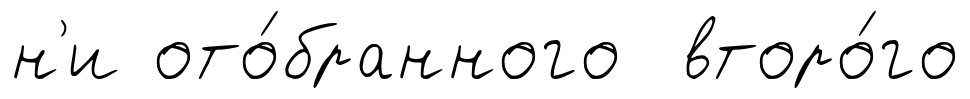
н'и ото́бранного второ́го